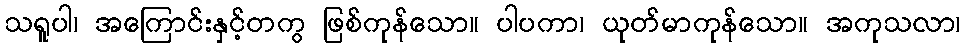
သရူပါ၊ အကြောင်းနှင့်တကွ ဖြစ်ကုန်သော။ ပါပကာ၊ ယုတ်မာကုန်သော။ အကုသလာ၊